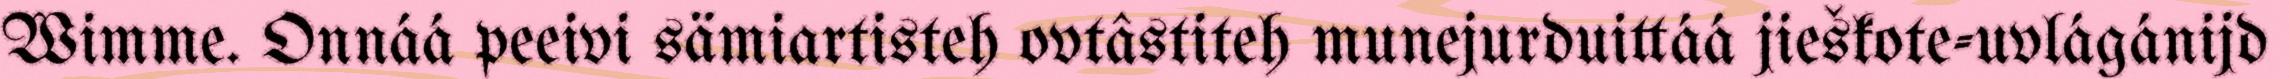
Wimme. Onnáá peeivi sämiartisteh ovtâstiteh munejurduittáá jieškote-uvlágánijd